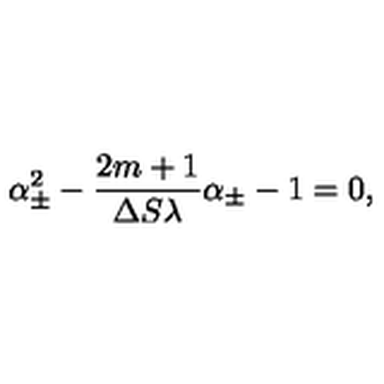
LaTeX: \alpha _ { \pm } ^ { 2 } - \frac { 2 m + 1 } { \Delta S \lambda } \alpha _ { \pm } - 1 = 0 ,